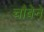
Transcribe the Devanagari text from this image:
चौबेने